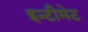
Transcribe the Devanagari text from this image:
इन्टीमेट